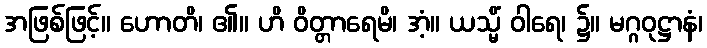
အဖြစ်ဖြင့်။ ဟောတိ၊ ၏။ ဟိ ဝိတ္တာရေမိ၊ အံ့။ ယသ္မိံ ဝါရေ၊ ၌။ မဂ္ဂဝုဋ္ဌာနံ၊